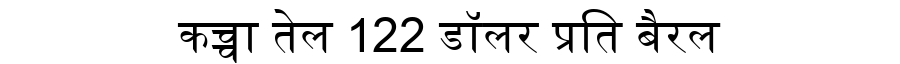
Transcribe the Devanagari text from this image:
कच्चा तेल 122 डॉलर प्रति बैरल